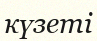
күзеті